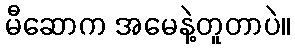
မီဆောက အမေနဲ့တူတာပဲ။